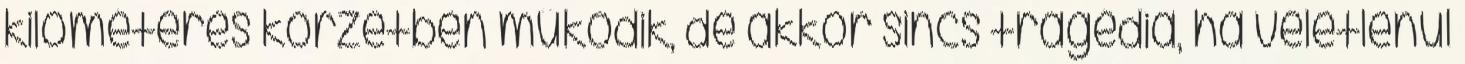
kilométeres körzetben működik, de akkor sincs tragédia, ha véletlenül